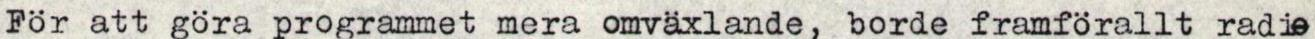
För att göra programmet mera omväxlande, borde framförallt radie